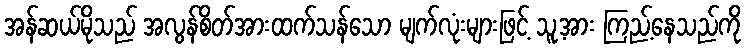
အန်ဆယ်မိုသည် အလွန်စိတ်အားထက်သန်သော မျက်လုံးများဖြင့် သူ့အား ကြည့်နေသည်ကို